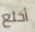
أخلع